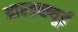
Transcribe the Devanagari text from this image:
आरडब्ल्यूई